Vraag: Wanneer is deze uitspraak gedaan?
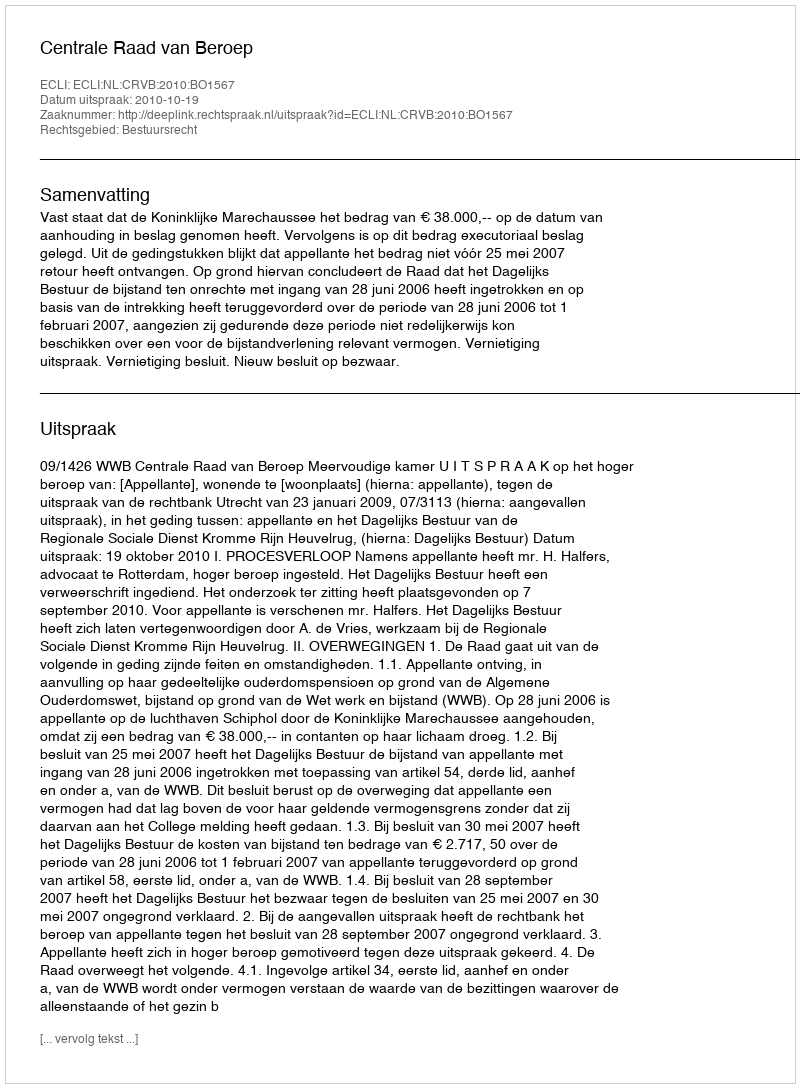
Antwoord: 2010-10-19